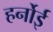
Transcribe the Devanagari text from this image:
हर्नोई